Proceedings of the meeting of veterinary officers in India
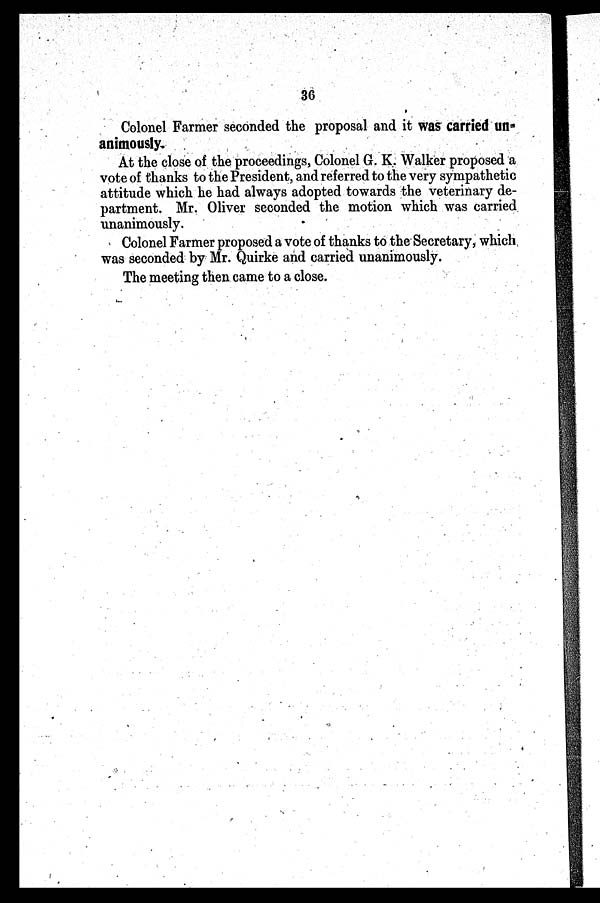
36
Colonel Farmer seconded the proposal and it was carried un-
animously.
At the close of the proceedings, Colonel G. K. Walker proposed a
vote of thanks to the President, and referred to the very sympathetic
attitude which he had always adopted towards the veterinary de-
partment. Mr. Oliver seconded the motion which was carried
unanimously.
Colonel Farmer proposed a vote of thanks to the Secretary, which
was seconded by Mr. Quirke and carried unanimously.
The meeting then came to a close.